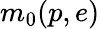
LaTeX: m_{0}(p,e)